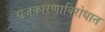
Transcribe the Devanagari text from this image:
राजकारणाविरोधात